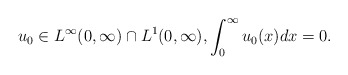
\begin{align*}u_0\in L^{\infty}(0,\infty)\cap L^{1}(0,\infty), \int_{0}^{\infty}u_{0}(x) dx =0.\end{align*}